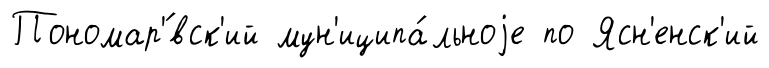
Пономар'́вск'ий мун'иципа́льноjе по Ясн'енск'ий